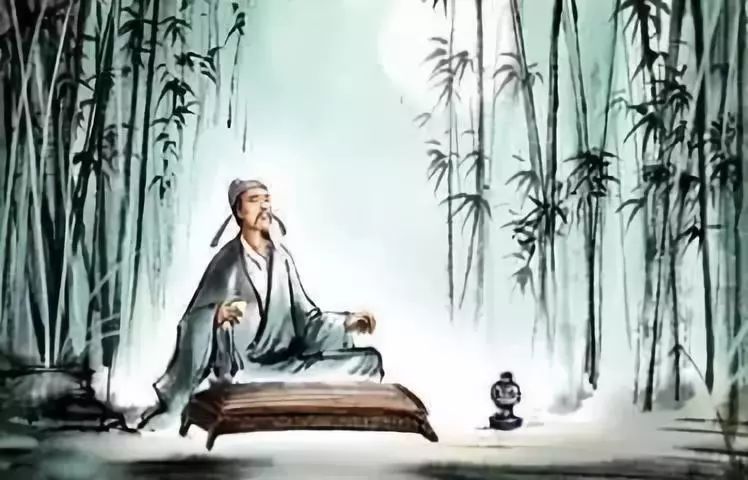
发短愁催白，颜衰酒借红。